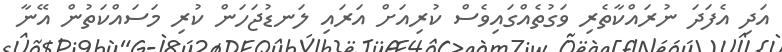
އަދި އެފަދަ ނުރައްކާތެރި ވަގުތެއްގައިވެސް ކުރިއަށް އަރައި ލަނޑުޖަހަން ކުރި މަސައްކަތުން އޭނާ